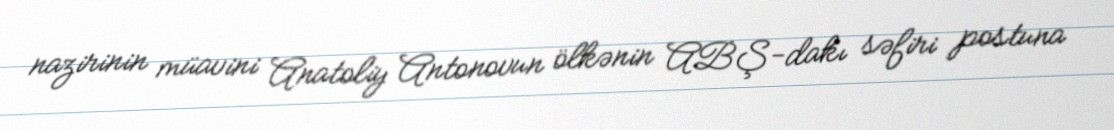
nazirinin müavini Anatoliy Antonovun ölkənin ABŞ-dakı səfiri postuna